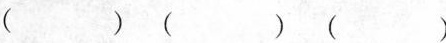
( ) ( ) ( )